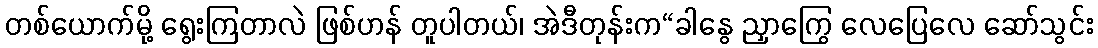
တစ်ယောက်မို့ ရွေးကြတာလဲ ဖြစ်ဟန် တူပါတယ်၊ အဲဒီတုန်းက“ခါနွေ ညှာကြွေ လေပြေလေ ဆော်သွင်း